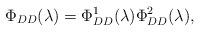
LaTeX: \begin{align*}\Phi_{DD}(\lambda)=\Phi_{DD}^1(\lambda)\Phi_{DD}^2(\lambda),\end{align*}